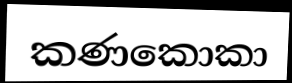
කණකොකා